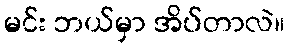
မင်း ဘယ်မှာ အိပ်တာလဲ။